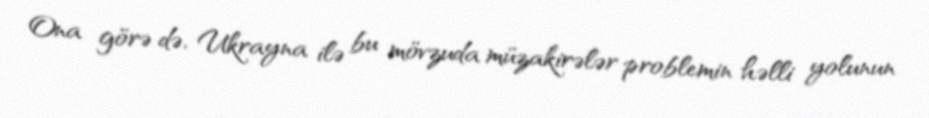
Ona görə də, Ukrayna ilə bu mövzuda müzakirələr problemin həlli yolunun